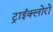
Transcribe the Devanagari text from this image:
ट्राईक्लोरो